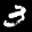
Label: 3